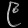
Digit: ၉